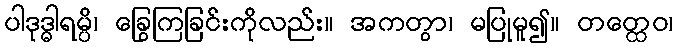
ပါဒုဒ္ဓါရမ္ပိ၊ ခြွေကြခြင်းကိုလည်း။ အကတွာ၊ မပြုမူ၍။ တတ္ထေဝ၊